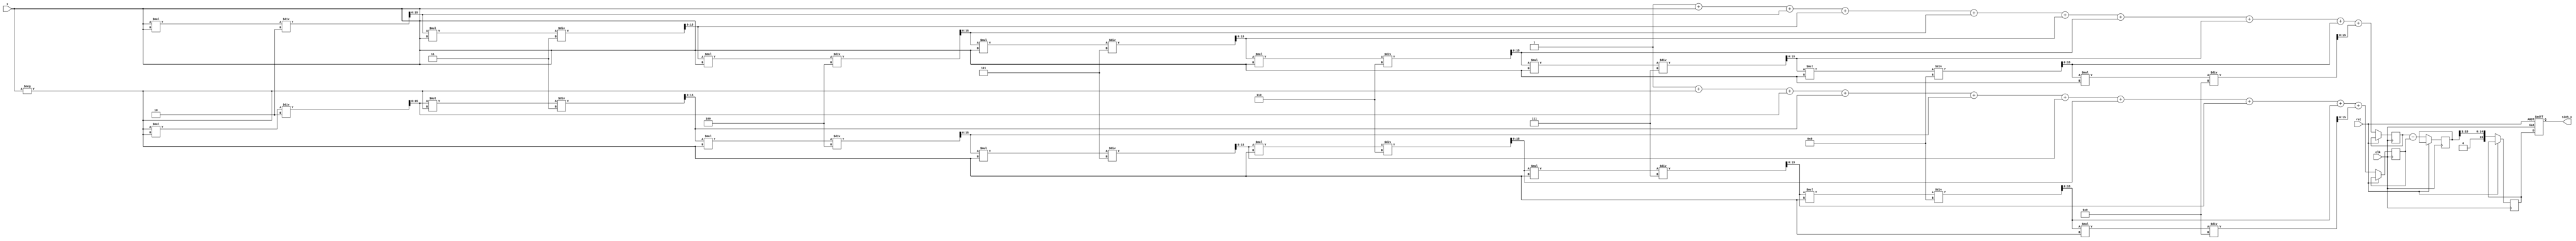
module sinh_arithmetic_block (
    input wire [15:0] x,          // Input value (fixed-point representation)
    output reg [15:0] sinh_x,     // Output value for sinh(x)
    input wire clk,               // Clock signal
    input wire rst                // Reset signal
);

    // Internal signals
    reg [15:0] exp_x;             // e^x
    reg [15:0] exp_neg_x;         // e^(-x)
    reg [15:0] exp_diff;          // e^x - e^(-x)
    reg [15:0] temp_sinh;         // Temporary storage for sinh result

    // Exponential approximation using Taylor series
    function [15:0] exp_approx;
        input [15:0] value;
        reg [15:0] term;
        reg [15:0] sum;
        integer i;
        begin
            sum = 16'h0001; // e^0 = 1
            term = value;   // First term is x
            for (i = 1; i < 10; i = i + 1) begin
                sum = sum + term;
                term = (term * value) / (i + 1); // x^n / n!
            end
            exp_approx = sum;
        end
    endfunction

    // Sequential logic for computing sinh
    always @(posedge clk or posedge rst) begin
        if (rst) begin
            sinh_x <= 16'h0000; // Reset output
        end else begin
            // Compute e^x and e^(-x)
            exp_x <= exp_approx(x);
            exp_neg_x <= exp_approx(-x);
            
            // Compute e^x - e^(-x)
            exp_diff <= exp_x - exp_neg_x;
            
            // Compute sinh(x) = (e^x - e^(-x)) / 2
            temp_sinh <= exp_diff >> 1; // Division by 2 using right shift
            sinh_x <= temp_sinh; // Update output
        end
    end

endmodule